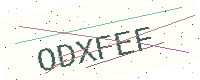
Text: ODXFEF